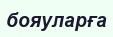
бояуларға